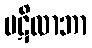
ပဋိလာဘာ